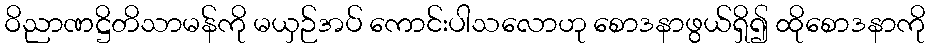
ဝိညာဏဋ္ဌိတိသာမန်ကို မယှဉ်အပ် ကောင်းပါသလောဟု စောဒနာဖွယ်ရှိ၍ ထိုစောဒနာကို